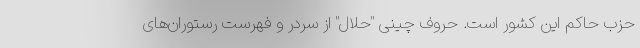
حزب حاکم این کشور است. حروف چینی "حلال" از سردر و فهرست رستوران‌های